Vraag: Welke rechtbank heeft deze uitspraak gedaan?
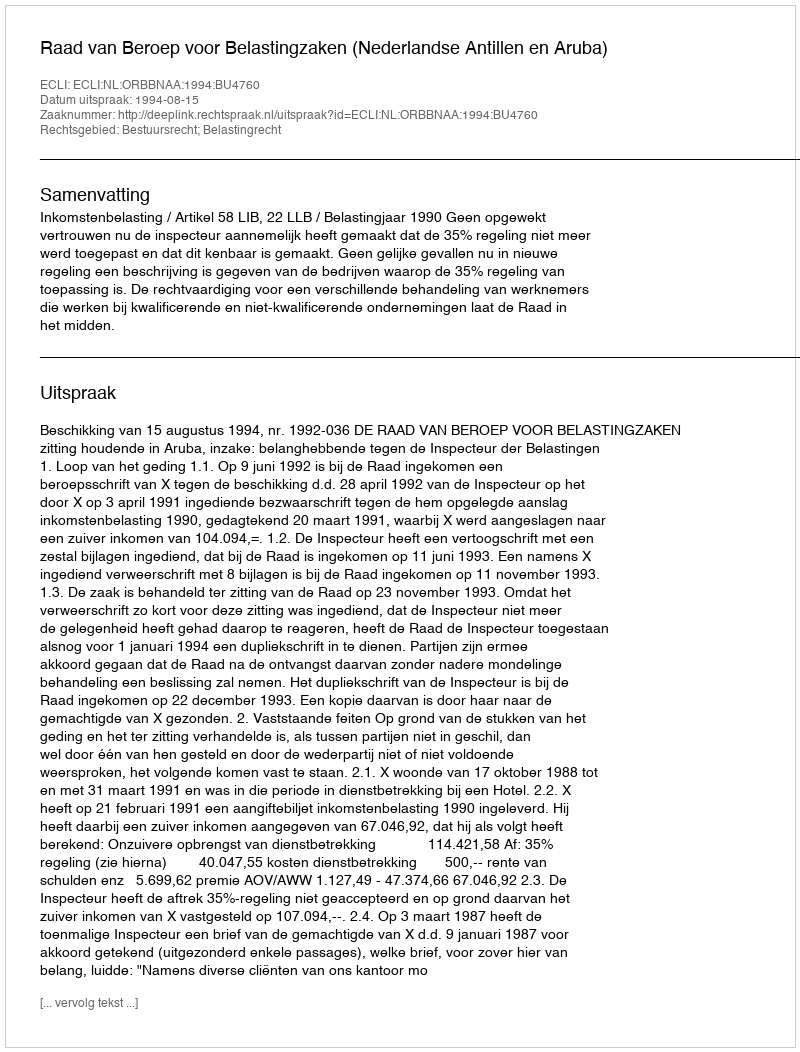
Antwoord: Raad van Beroep voor Belastingzaken (Nederlandse Antillen en Aruba)